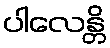
ပါလေန္တိ